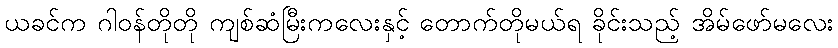
ယခင်က ဂါဝန်တိုတို ကျစ်ဆံမြီးကလေးနှင့် တောက်တိုမယ်ရ ခိုင်းသည့် အိမ်ဖော်မလေး